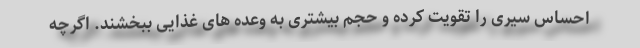
احساس سیری را تقویت کرده و حجم بیشتری به وعده های غذایی ببخشند. اگرچه